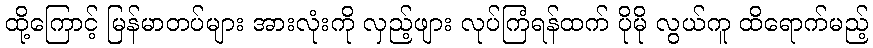
ထို့ကြောင့် မြန်မာတပ်များ အားလုံးကို လှည့်ဖျား လုပ်ကြံရန်ထက် ပိုမို လွယ်ကူ ထိရောက်မည့်